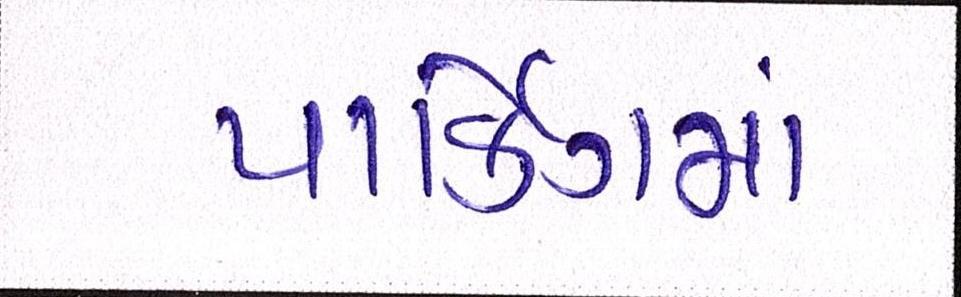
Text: પાર્કિંગમાં